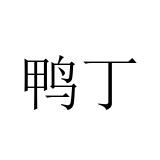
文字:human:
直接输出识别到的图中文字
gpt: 鸭丁